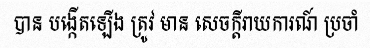
បាន បង្កើតឡើង ត្រូវ មាន សេចក្តីរាយការណ៍ ប្រចាំ